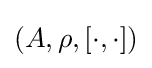
(A,\rho ,[\cdot ,\cdot ])